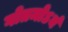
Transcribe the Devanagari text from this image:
गोतमोऽयं